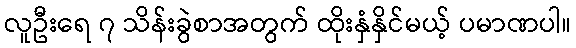
လူဦးရေ ၇ သိန်းခွဲစာအတွက် ထိုးနှံနှိင်မယ့် ပမာဏပါ။